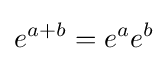
e^{a+b}=e^{a}e^{b}